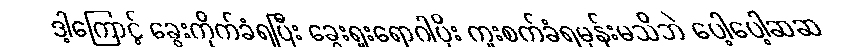
ဒါ့ကြောင့် ခွေးကိုက်ခံရပြီး ခွေးရူးရောဂါပိုး ကူးစက်ခံရမှန်းမသိဘဲ ပေါ့ပေါ့ဆဆ